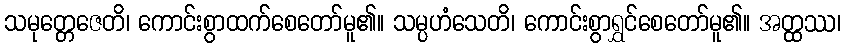
သမုတ္တေဇေတိ၊ ကောင်းစွာထက်စေတော်မူ၏။ သမ္ပဟံသေတိ၊ ကောင်းစွာရွှင်စေတော်မူ၏။ အတ္ထဿ၊